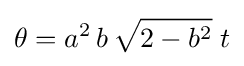
\theta =a^{2}\,b\,{\sqrt {2-b^{2}}}\;t